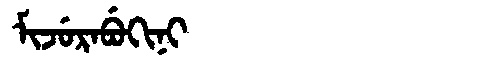
Manchu: ᠮᡳᠵᡠᡵᠠᠪᡠᡴᡳᠨᡳ
Romanization: MIJURABUKINI